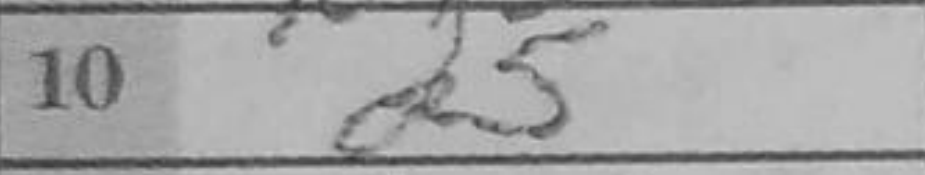
Transcription: d5